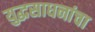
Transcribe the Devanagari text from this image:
युद्धसाधनांचा